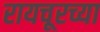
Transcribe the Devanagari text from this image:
रायचूरच्या